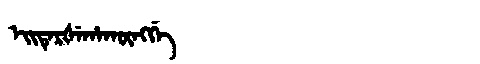
Manchu: ᡝᡳᡨᡝᡵᡧᡝᡥᠠᡴᡡᠩᡤᡝ
Romanization: EITERŠEHAKŪNGGE